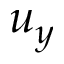
u _ { y }